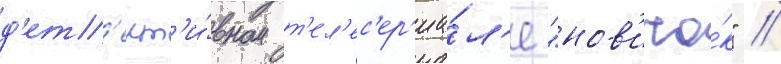
д'ет'ект'и́вном т'ел'ес'ер'иа́л'е "нов'ичо́к" //